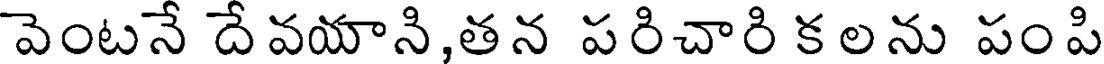
వెంటనే దే వయాని,తన పరిచారి క లను పం పి